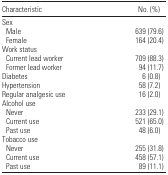
<table><thead><tr><td><b>Characteristic</b></td><td><b>No. (%)</b></td></tr></thead><tbody><tr><td colspan="2">Sex</td></tr><tr><td> Male</td><td>639 (79.6)</td></tr><tr><td> Female</td><td>164 (20.4)</td></tr><tr><td colspan="2">Work status</td></tr><tr><td> Current lead worker</td><td>709 (88.3)</td></tr><tr><td> Former lead worker</td><td>94 (11.7)</td></tr><tr><td>Diabetes</td><td>6 (0.8)</td></tr><tr><td>Hypertension</td><td>58 (7.2)</td></tr><tr><td>Regular analgesic use</td><td>16 (2.0)</td></tr><tr><td colspan="2">Alcohol use</td></tr><tr><td> Never</td><td>233 (29.1)</td></tr><tr><td> Current use</td><td>521 (65.0)</td></tr><tr><td> Past use</td><td>48 (6.0)</td></tr><tr><td colspan="2">Tobacco use</td></tr><tr><td> Never</td><td>255 (31.8)</td></tr><tr><td> Current use</td><td>458 (57.1)</td></tr><tr><td> Past use</td><td>89 (11.1)</td></tr></tbody></table>